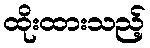
ထိုးထားသည့်